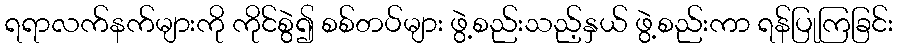
ရရာလက်နက်များကို ကိုင်စွဲ၍ စစ်တပ်များ ဖွဲ့စည်းသည့်နှယ် ဖွဲ့စည်းကာ ရန်ပြုကြခြင်း